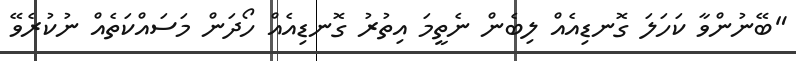
"ބޭނުންވާ ކަހަލަ ގޮނޑިއެއް ލިބެން ނެތީމަ އިތުރު ގޮނޑިއެއް ހޯދަން މަސައްކަތެއް ނުކުރެވޭ